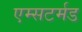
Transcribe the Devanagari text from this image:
एम्सटर्मड